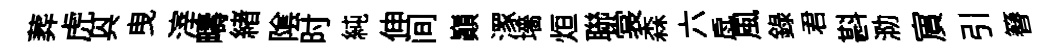
葬虎㒷曳滓疇緖隂时純伸间巔潈墻烜聯裳森六戽風錄君斟泐賔引簮